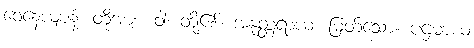
ဝေနေယျာနံ၊ တို့အား။ ဝါ၊ တို့၏။ အနုတ္တရာယ၊ မြတ်သော။ ပဌမာယ